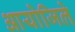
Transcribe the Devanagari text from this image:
आयोजिले